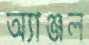
অ্যাঞ্জল